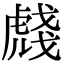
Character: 虥